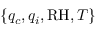
\{ q _ { c } , q _ { i } , \mathrm { R H } , T \}